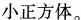
小正方体。